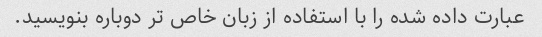
عبارت داده شده را با استفاده از زبان خاص تر دوباره بنویسید.